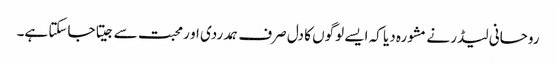
روحانی لیڈر نے مشورہ دیا کہ ایسے لوگوں کا دل صرف ہمدردی او رمحبت سے جیتا جاسکتا ہے۔